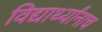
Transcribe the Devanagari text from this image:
विद्यार्थ्यांनाच